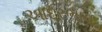
આદરભાવ